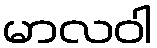
မာလဝါ